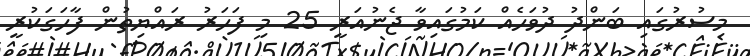
މިސުރުގައި ބަންދު ދުވަހެއް ކަމުގައިވާ ޖެނުއަރީ 25 މި ފަހަރު ރައްޔިތުން ފާހަގަކުރީ